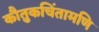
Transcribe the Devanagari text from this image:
कौतुकचिंतामणि